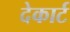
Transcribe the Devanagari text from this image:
देकार्ट